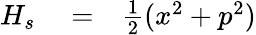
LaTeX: \begin{array}{rlr}{H_{s}}&{{}=}&{\frac{1}{2}(x^{2}+p^{2})}\end{array}